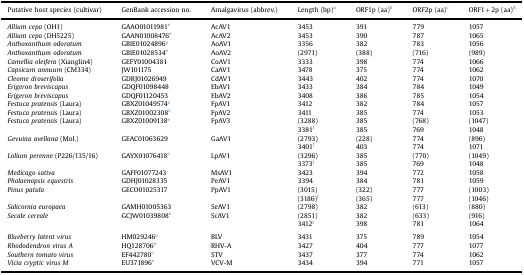
<table><thead><tr><td><b>Putative host species (cultivar)</b></td><td><b>GenBank accession no.</b></td><td><b>Amalgavirus (abbrev.)</b></td><td><b>Length (bp)a</b></td><td><b>ORF1p (aa)b</b></td><td><b>ORF2p (aa)c</b></td><td><b>ORF1+2p (aa)d</b></td></tr></thead><tbody><tr><td><i>Allium cepa</i> (OH1)</td><td>GAAO01011981e</td><td>AcAV1</td><td>3453</td><td>391</td><td>779</td><td>1057</td></tr><tr><td><i>Allium cepa</i> (DH5225)</td><td>GAAN01008476e</td><td>AcAV2</td><td>3453</td><td>390</td><td>787</td><td>1065</td></tr><tr><td><i>Anthoxanthum odoratum</i></td><td>GBIE01024896e</td><td>AoAV1</td><td>3356</td><td>382</td><td>783</td><td>1056</td></tr><tr><td><i>Anthoxanthum odoratum</i></td><td>GBIE01028534e</td><td>AoAV2</td><td>(2971)</td><td>(388)</td><td>(716)</td><td>(989)</td></tr><tr><td><i>Camellia oleifera</i> (Xianglin4)</td><td>GEFY01004381</td><td>CoAV1</td><td>3333</td><td>398</td><td>774</td><td>1066</td></tr><tr><td><i>Capsicum annuum</i> (CM334)</td><td>JW101175</td><td>CaAV1</td><td>3478</td><td>375</td><td>774</td><td>1062</td></tr><tr><td><i>Cleome droserifolia</i></td><td>GDRJ01026949</td><td>CdAV1</td><td>3443</td><td>402</td><td>774</td><td>1070</td></tr><tr><td><i>Erigeron breviscapus</i></td><td>GDQF01098448</td><td>EbAV1</td><td>3433</td><td>384</td><td>784</td><td>1049</td></tr><tr><td><i>Erigeron breviscapus</i></td><td>GDQF01120453</td><td>EbAV2</td><td>3408</td><td>386</td><td>785</td><td>1054</td></tr><tr><td><i>Festuca pratensis</i> (Laura)</td><td>GBXZ01049574e</td><td>FpAV1</td><td>3412</td><td>382</td><td>784</td><td>1057</td></tr><tr><td><i>Festuca pratensis</i> (Laura)</td><td>GBXZ01002308e</td><td>FpAV2</td><td>3411</td><td>385</td><td>774</td><td>1053</td></tr><tr><td><i>Festuca pratensis</i> (Laura)</td><td>GBXZ01009138e</td><td>FpAV3</td><td>(3288)</td><td>385</td><td>(768)</td><td>(1047)</td></tr><tr><td></td><td></td><td></td><td>3381f</td><td>385</td><td>769</td><td>1048</td></tr><tr><td><i>Gevuina avellana</i> (Mol.)</td><td>GEAC01063629</td><td>GaAV1</td><td>(2793)</td><td>(228)</td><td>774</td><td>(896)</td></tr><tr><td></td><td></td><td></td><td>3401f</td><td>403</td><td>774</td><td>1071</td></tr><tr><td><i>Lolium perenne</i> (P226/135/16)</td><td>GAYX01076418e</td><td>LpAV1</td><td>(3296)</td><td>385</td><td>(770)</td><td>(1049)</td></tr><tr><td></td><td></td><td></td><td>3373f</td><td>385</td><td>769</td><td>1048</td></tr><tr><td><i>Medicago sativa</i></td><td>GAFF01077243</td><td>MsAV1</td><td>3423</td><td>394</td><td>772</td><td>1058</td></tr><tr><td><i>Phalaenopsis equestris</i></td><td>GDHJ01028335</td><td>PeAV1</td><td>3394</td><td>384</td><td>781</td><td>1059</td></tr><tr><td><i>Pinus patula</i></td><td>GECO01025317</td><td>PpAV1</td><td>(3015)</td><td>(322)</td><td>777</td><td>(1003)</td></tr><tr><td></td><td></td><td></td><td>(3186)f</td><td>(365)</td><td>777</td><td>(1046)</td></tr><tr><td><i>Salicornia europaea</i></td><td>GAMH01005363</td><td>SeAV1</td><td>(2798)</td><td>382</td><td>(613)</td><td>(880)</td></tr><tr><td><i>Secale cereale</i></td><td>GCJW01039808e</td><td>ScAV1</td><td>(2851)</td><td>382</td><td>(633)</td><td>(916)</td></tr><tr><td></td><td></td><td></td><td>3412f</td><td>398</td><td>781</td><td>1064</td></tr><tr><td colspan="7">  </td></tr><tr><td><i>Blueberry latent virus</i></td><td>HM029246e</td><td>BLV</td><td>3431</td><td>375</td><td>789</td><td>1054</td></tr><tr><td><i>Rhododendron virus A</i></td><td>HQ128706e</td><td>RHV-A</td><td>3427</td><td>404</td><td>777</td><td>1077</td></tr><tr><td><i>Southern tomato virus</i></td><td>EF442780e</td><td>STV</td><td>3437</td><td>377</td><td>774</td><td>1062</td></tr><tr><td><i>Vicia cryptic virus M</i></td><td>EU371896e</td><td>VCV-M</td><td>3434</td><td>394</td><td>771</td><td>1057</td></tr></tbody></table>